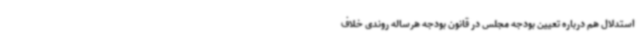
استدلال هم درباره تعیین بودجه مجلس در قانون بودجه هرساله روندی خلاف